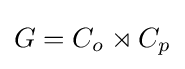
G=C_{o}\rtimes C_{p}